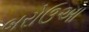
બરોઉઆ